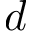
d